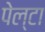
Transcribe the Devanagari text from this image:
पेल्टा